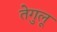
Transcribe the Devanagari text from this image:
तेगुलू